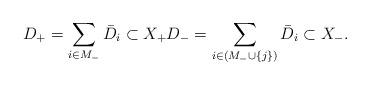
LaTeX: \begin{align*} D_+=\sum_{i\in M_-} \bar{D}_i\subset X_+ D_-=\sum_{i\in (M_-\cup \{j\})} \bar{D}_i\subset X_-. \end{align*}